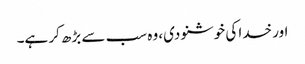
اور خدا کی خوشنودی، وہ سب سے بڑھ کر ہے۔